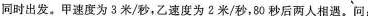
同时出发。甲速度为3米/秒。乙速度为2米/秒，80秒后两人相遇。问：